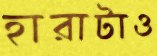
হারাটাও